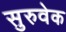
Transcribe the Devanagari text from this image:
सुरुवेक